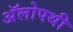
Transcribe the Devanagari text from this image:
अॅलोपथी